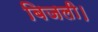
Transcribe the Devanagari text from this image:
बिजली।